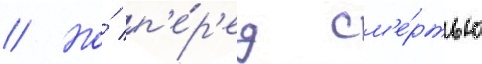
// Но́ п'е́р'ед см'е́ртью